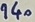
Text: 140